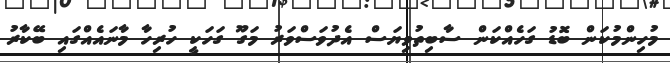
މުހިންމުކަން ބޮޑު ގަހެއްކަން ސާބިތުވިޔަސް އެދުވަސްވަރު މަގޫ ގަހަކީ ހުރިހާ މާނައެއްގައި ބޭކާރު